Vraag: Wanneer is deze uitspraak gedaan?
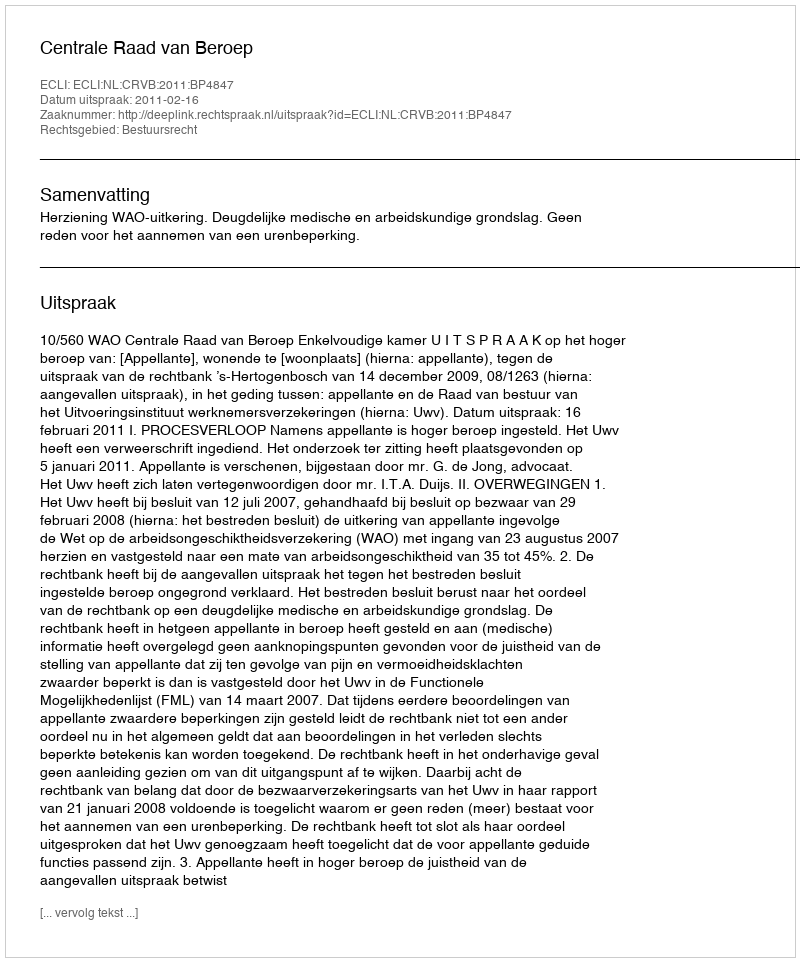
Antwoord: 2011-02-16